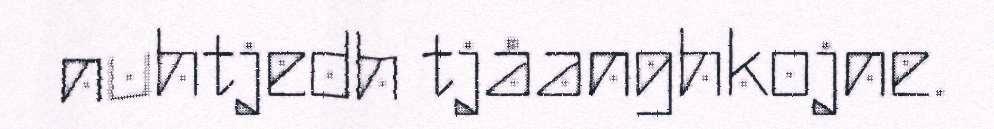
nuhtjedh tjåanghkojne.